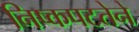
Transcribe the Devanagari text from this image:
निष्कपटतेने